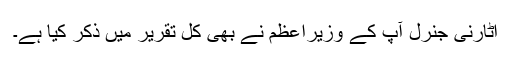
اٹارنی جنرل آپ کے وزیراعظم نے بھی کل تقریر میں ذکر کیا ہے۔